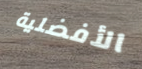
الأفضلية